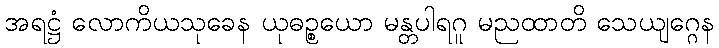
အရဋ္ဌံ လောကိယသုခေန ယုဓဉ္စယော မန္တပါရဂူ မညထာတိ သေယျဂ္ဂေန